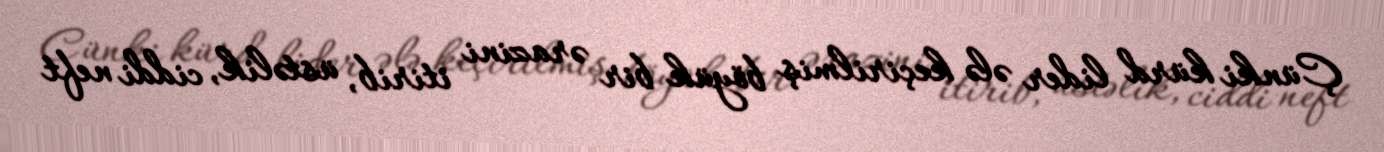
Çünki kürd lider ələ keçirilmiş böyük bir ərazini itirib, üstəlik, ciddi neft